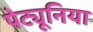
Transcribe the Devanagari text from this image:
पेट्यूनिया